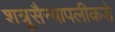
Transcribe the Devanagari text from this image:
शत्रूसैन्यापलीकडे